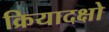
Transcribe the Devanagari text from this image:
क्रियादक्षो